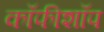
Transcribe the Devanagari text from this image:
कॉफीशॉप